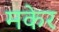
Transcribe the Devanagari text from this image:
मकेर